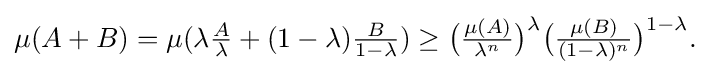
{\textstyle \mu (A+B)=\mu (\lambda {\frac {A}{\lambda }}+(1-\lambda ){\frac {B}{1-\lambda }})\geq {\bigl (}{\frac {\mu (A)}{\lambda ^{n}}}{\bigr )}^{\lambda }{\bigl (}{\frac {\mu (B)}{(1-\lambda )^{n}}}{\bigr )}^{1-\lambda }.}